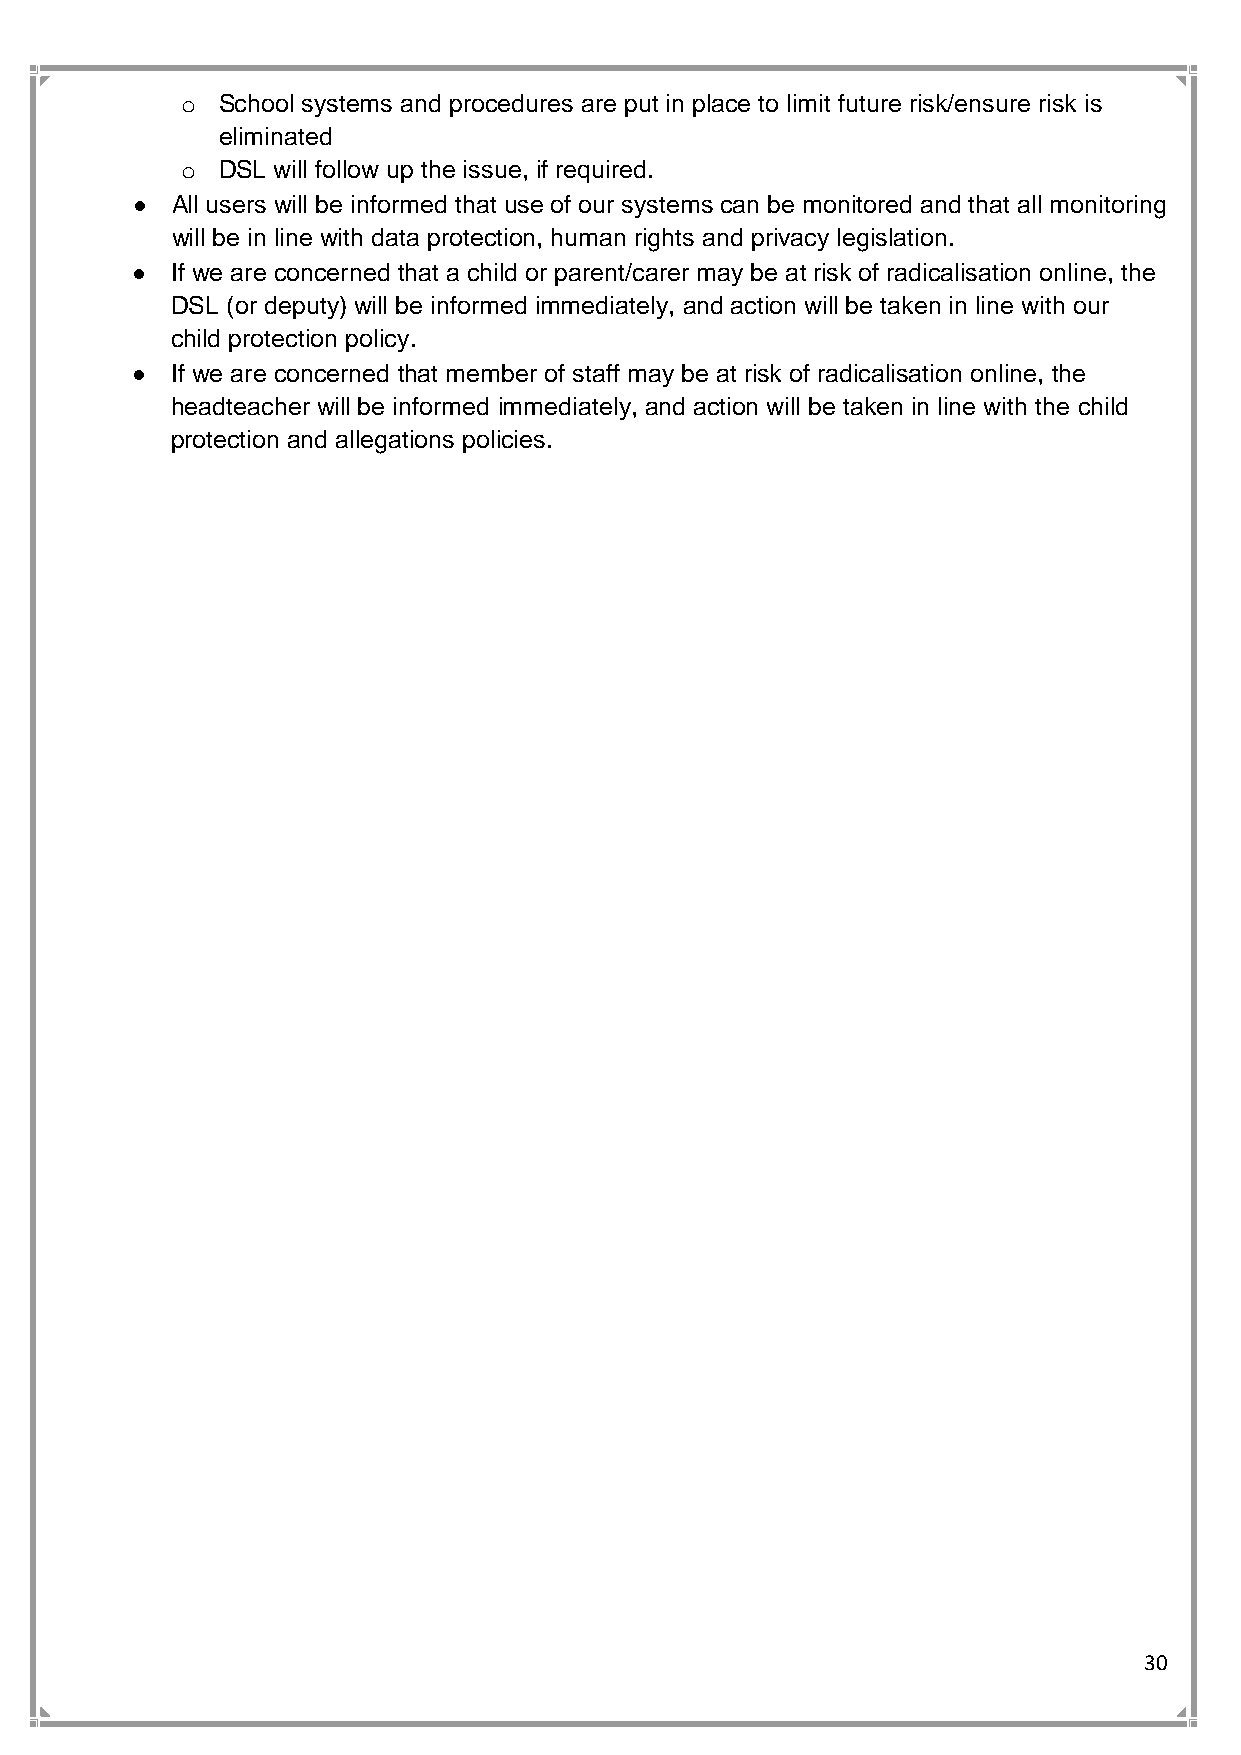
o School systems and procedures are put in place to limit future risk/ensure risk is
 eliminated
 o DSL will follow up the issue, if required.
 • All users will be informed that use of our systems can be monitored and that all monitoring
 will be in line with data protection, human rights and privacy legislation.
 • If we are concerned that a child or parent/carer may be at risk of radicalisation online, the
 DSL (or deputy) will be informed immediately, and action will be taken in line with our
 child protection policy.
 • If we are concerned that member of staff may be at risk of radicalisation online, the
 headteacher will be informed immediately, and action will be taken in line with the child
 protection and allegations policies.
 30